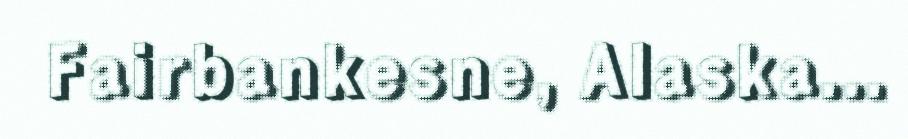
Fairbankesne, Alaska...